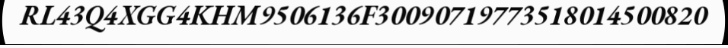
RL43Q4XGG4KHM9506136F30090719773518014500820